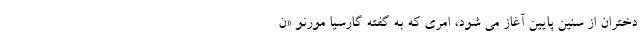
دختران از سنین پایین آغاز می شود، امری که به گفته گارسیا مورنو «ن